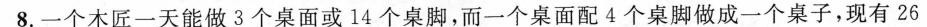
8.一个木匠一天能做3个桌面或14个桌脚，而一个桌面配4个桌脚做成一个桌子，现有26